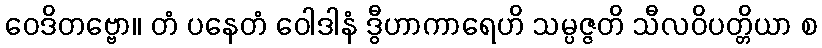
ဝေဒိတဗ္ဗော။ တံ ပနေတံ ဝေါဒါနံ ဒွီဟာကာရေဟိ သမ္ပဇ္ဇတိ သီလဝိပတ္တိယာ စ